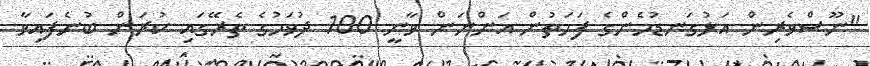
"ނޫސްވެރިން އަޅުގަނޑުމެންގެ ފަހަތުން އަންނަން ވާނީ 100 ދުވަހުގެ ތެރޭގައި ކުރަން ބުނެފައިވާ